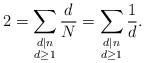
LaTeX: \begin{align*}2 = \sum_{\substack{d|n\\ d \geq 1}} \frac{d}{N} = \sum_{\substack{d|n\\ d \geq 1}} \frac{1}{d}.\end{align*}